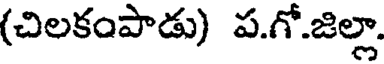
(చిలకంపాడు) ప.గో.జిల్లా